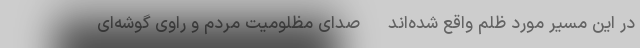
در این مسیر مورد ظلم واقع شده‌اند - صدای مظلومیت مردم و راوی گوشه‌ای